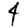
Digit: 4